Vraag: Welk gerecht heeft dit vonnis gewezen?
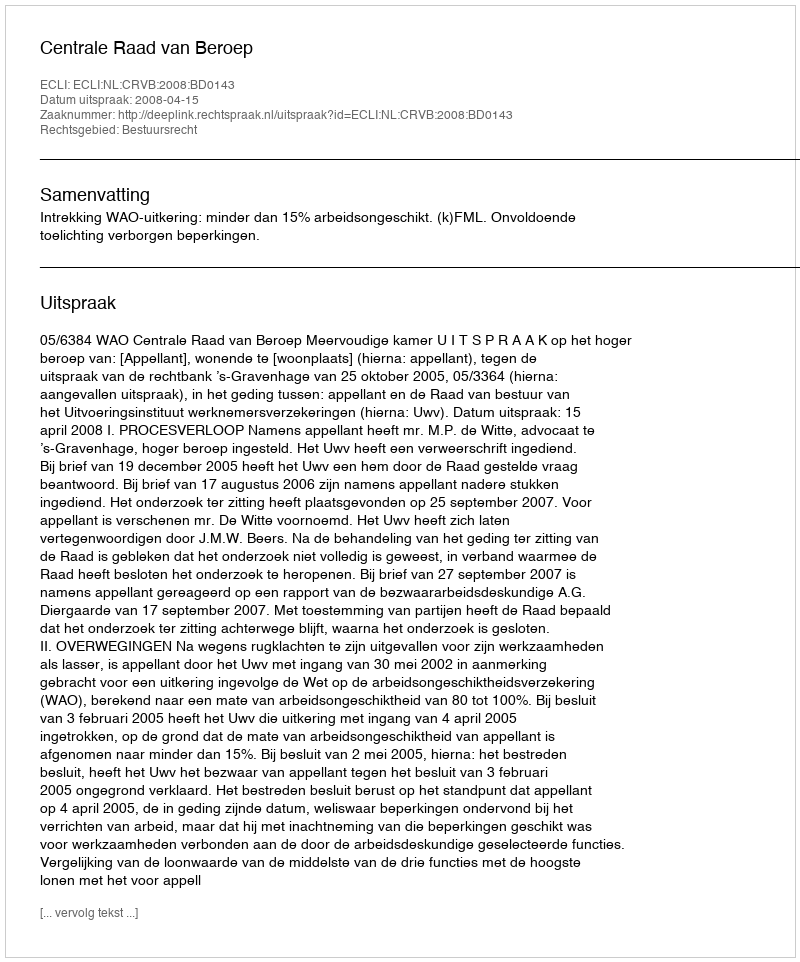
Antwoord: Centrale Raad van Beroep